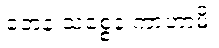
တေန သစ္စေန ကာဟာမိ၊